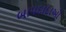
બાપદાદાઓ